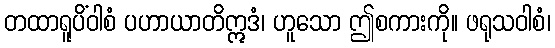
တထာရူပိံဝါစံ ပဟာယာတိဣဒံ၊ ဟူသော ဤစကားကို။ ဖရုသဝါစံ၊